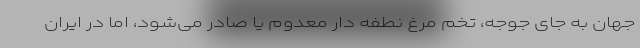
جهان به جای جوجه، تخم مرغ نطفه دار معدوم یا صادر می‌شود، اما در ایران